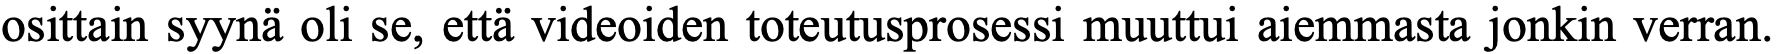
osittain syynä oli se, että videoiden toteutusprosessi muuttui aiemmasta jonkin verran.